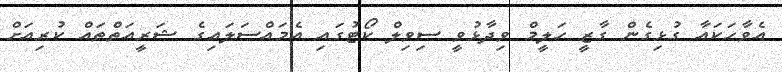
އެވާހަކައާ ގުޅިގެން ގާޒީ ހަލީމް ވިދާޅުވީ ސިވިލް ކޯޓުގައި އެމައްސަލައިގެ ޝަރީއަތްތައް ކުރިއަށް